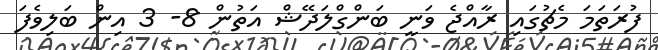
ފުރަތަމަ މެޗުގައި ރާއްޖެ ވަނީ ބަންގްލަދޭޝް އަތުން 8- 3 އިން ބަލިވެފަ